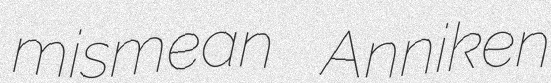
mismean Anniken